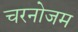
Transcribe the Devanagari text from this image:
चरनोजम